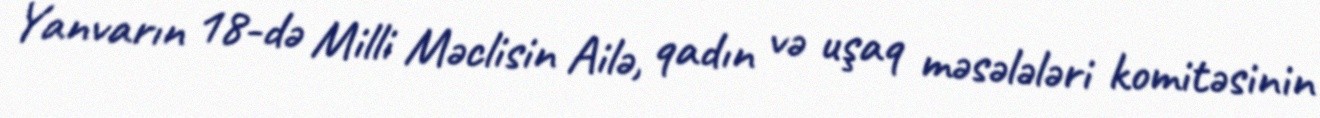
Yanvarın 18-də Milli Məclisin Ailə, qadın və uşaq məsələləri komitəsinin